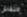
النقاش